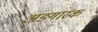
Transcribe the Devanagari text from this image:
अङ्गारक